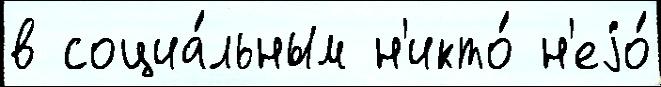
в социа́льным н'икто́ н'еjо́